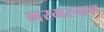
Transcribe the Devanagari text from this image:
भस्मस्नान